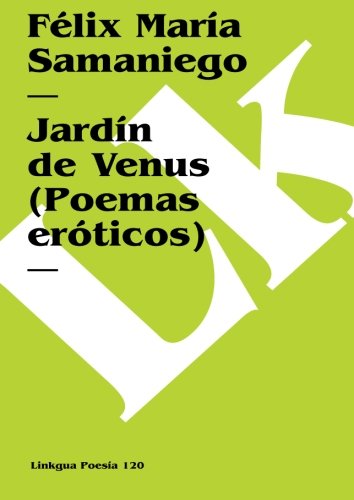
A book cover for JardÃ­n de Venus (Poemas erÃ³ticos) (Poesia) (Spanish Edition); FÃ©lix MarÃ­a Samaniego; Romance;